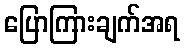
ပြောကြားချက်အရ